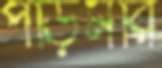
পড়িমরি